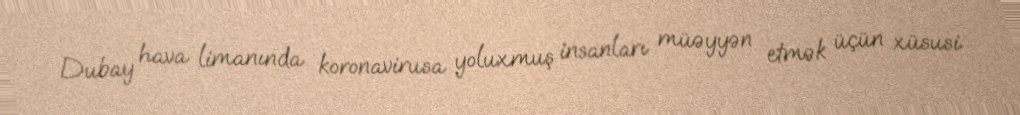
Dubay hava limanında koronavirusa yoluxmuş insanları müəyyən etmək üçün xüsusi